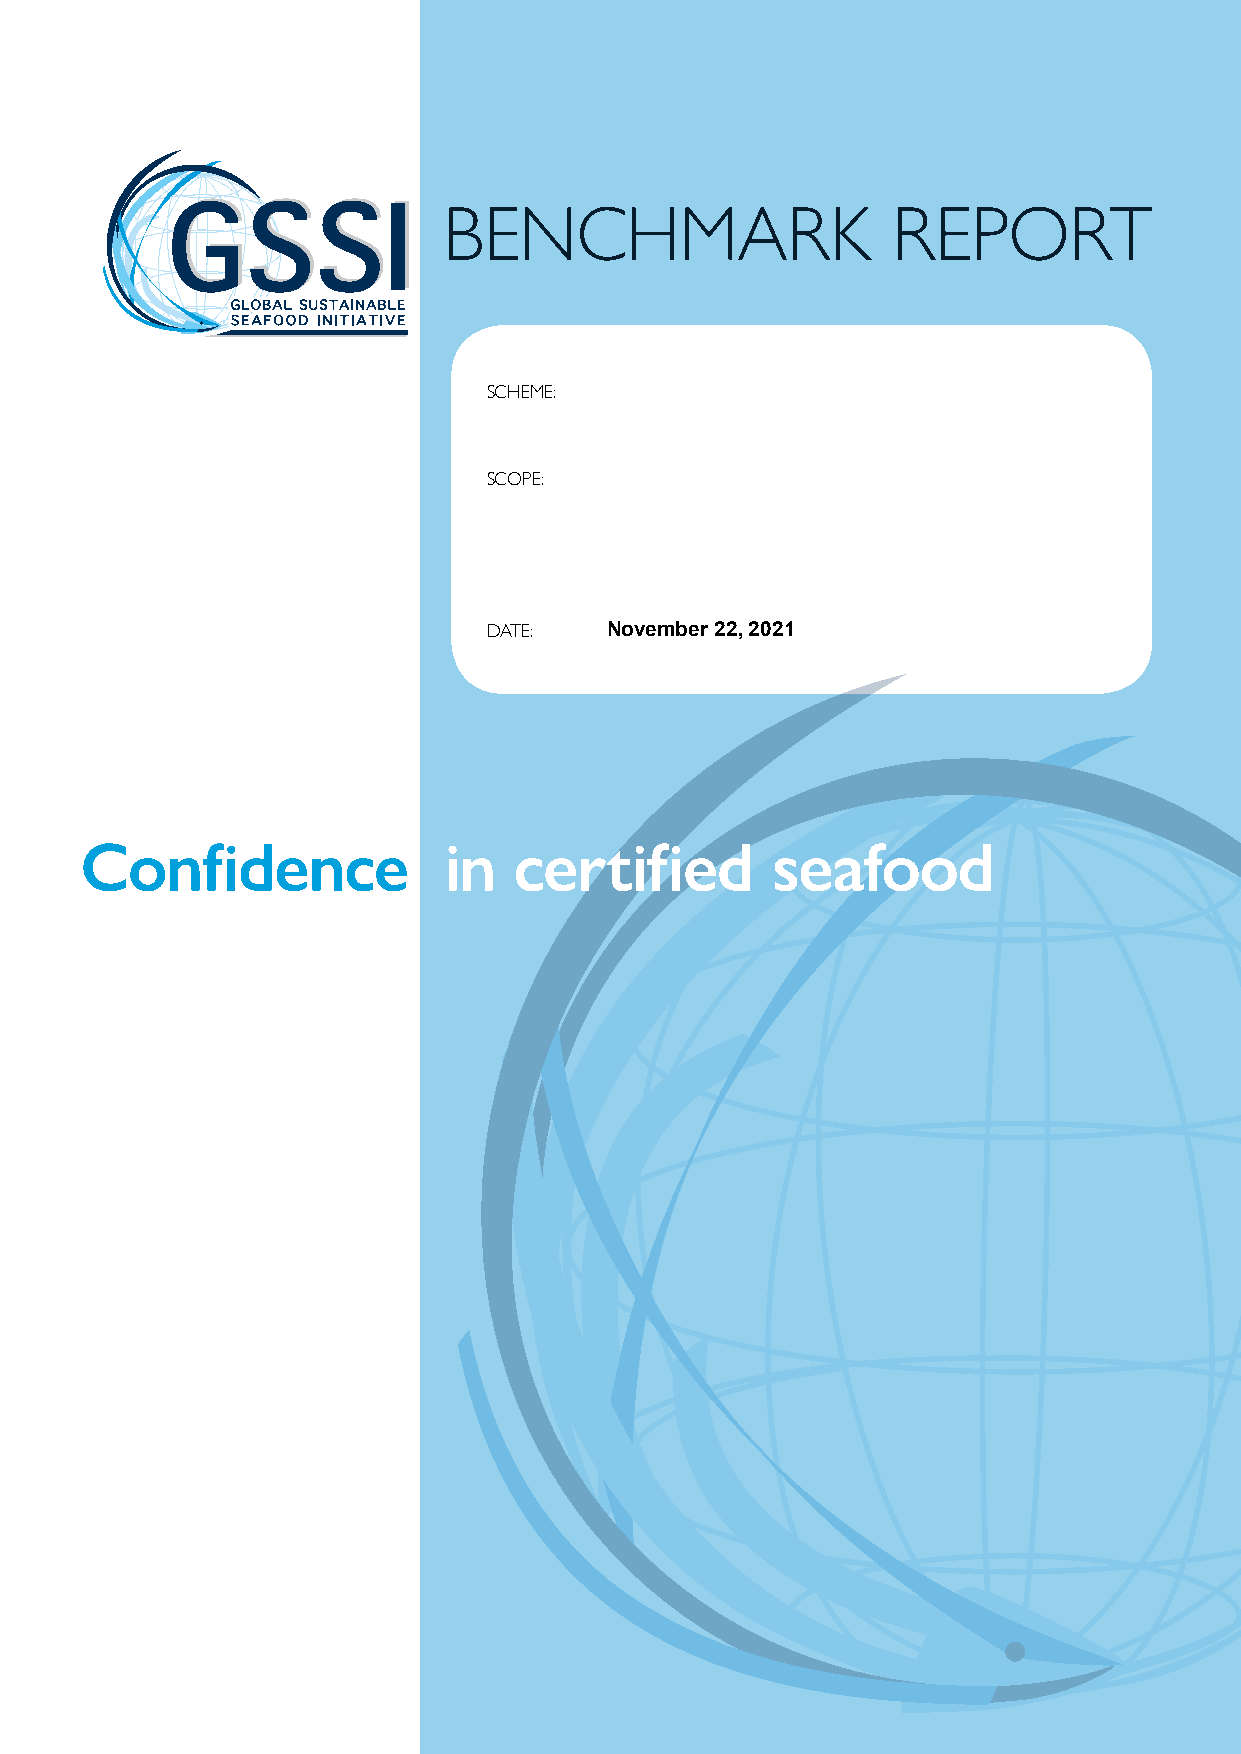
BENCHMARK                     REPORT
 SCHEME:
 SCOPE:
 DATE:   November 22, 2021
 Confidence               in  certified        seafood